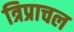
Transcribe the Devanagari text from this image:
त्रिप्राचल